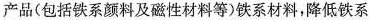
产品(包括铁系颜料及磁性材料等)铁系材料，降低铁系